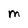
Character: M